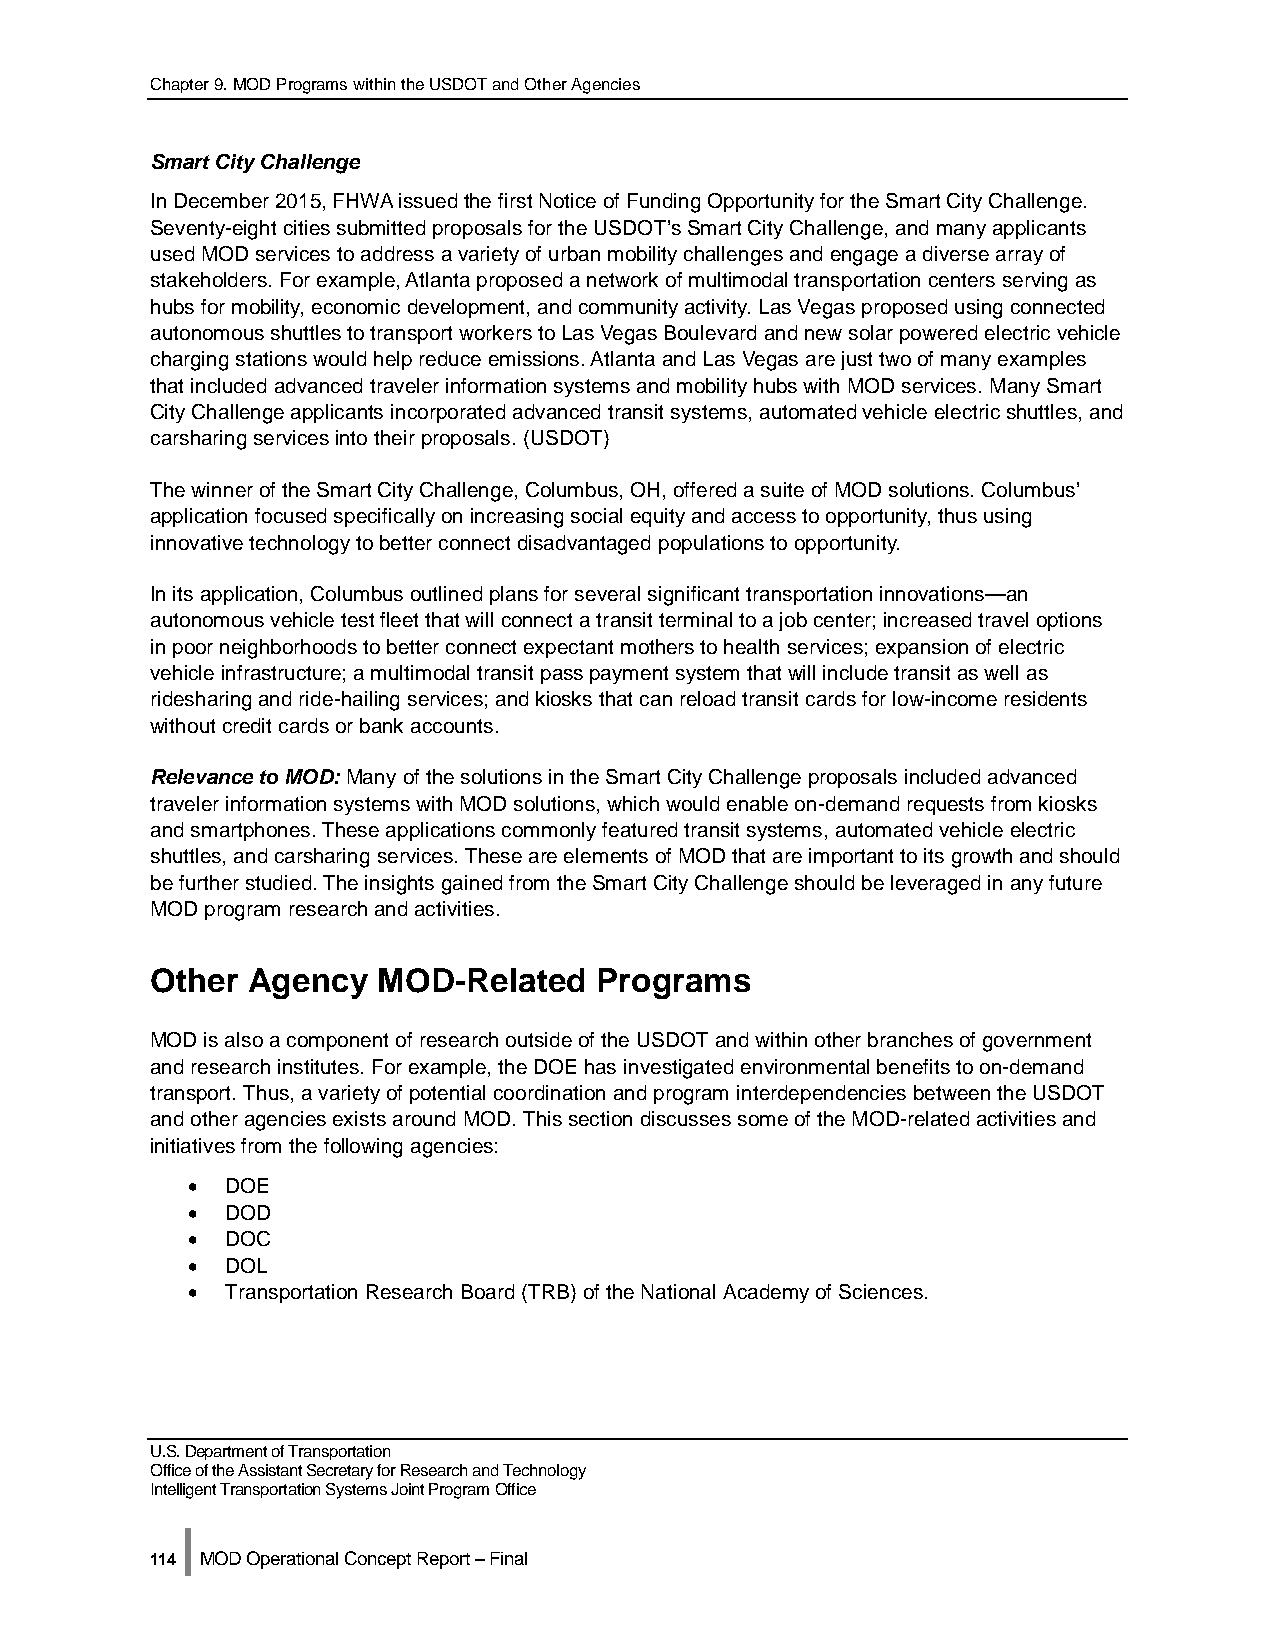
Chapter 9. MOD Programs within the USDOT and Other Agencies
 Smart City Challenge
 In December 2015, FHWA issued the first Notice of Funding Opportunity for the Smart City Challenge.
 Seventy-eight cities submitted proposals for the USDOT’s Smart City Challenge, and many applicants
 used MOD services to address a variety of urban mobility challenges and engage a diverse array of
 stakeholders. For example, Atlanta proposed a network of multimodal transportation centers serving as
 hubs for mobility, economic development, and community activity. Las Vegas proposed using connected
 autonomous shuttles to transport workers to Las Vegas Boulevard and new solar powered electric vehicle
 charging stations would help reduce emissions. Atlanta and Las Vegas are just two of many examples
 that included advanced traveler information systems and mobility hubs with MOD services. Many Smart
 City Challenge applicants incorporated advanced transit systems, automated vehicle electric shuttles, and
 carsharing services into their proposals. (USDOT)
 The winner of the Smart City Challenge, Columbus, OH, offered a suite of MOD solutions. Columbus’
 application focused specifically on increasing social equity and access to opportunity, thus using
 innovative technology to better connect disadvantaged populations to opportunity.
 In its application, Columbus outlined plans for several significant transportation innovations—an
 autonomous vehicle test fleet that will connect a transit terminal to a job center; increased travel options
 in poor neighborhoods to better connect expectant mothers to health services; expansion of electric
 vehicle infrastructure; a multimodal transit pass payment system that will include transit as well as
 ridesharing and ride-hailing services; and kiosks that can reload transit cards for low-income residents
 without credit cards or bank accounts.
 Relevance to MOD: Many of the solutions in the Smart City Challenge proposals included advanced
 traveler information systems with MOD solutions, which would enable on-demand requests from kiosks
 and smartphones. These applications commonly featured transit systems, automated vehicle electric
 shuttles, and carsharing services. These are elements of MOD that are important to its growth and should
 be further studied. The insights gained from the Smart City Challenge should be leveraged in any future
 MOD program research and activities.
 Other Agency   MOD-Related   Programs
 MOD is also a component of research outside of the USDOT and within other branches of government
 and research institutes. For example, the DOE has investigated environmental benefits to on-demand
 transport. Thus, a variety of potential coordination and program interdependencies between the USDOT
 and other agencies exists around MOD. This section discusses some of the MOD-related activities and
 initiatives from the following agencies:
 •  DOE
 •  DOD
 •  DOC
 •  DOL
 •  Transportation Research Board (TRB) of the National Academy of Sciences.
 U.S. Department of Transportation
 Office of the Assistant Secretary for Research and Technology
 Intelligent Transportation Systems Joint Program Office
 |
 114 MOD Operational Concept Report – Final